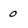
Character: 0